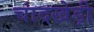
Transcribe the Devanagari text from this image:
चांदखेड़ी